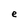
Character: e